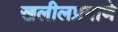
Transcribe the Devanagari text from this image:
खलीलप्रमाणे